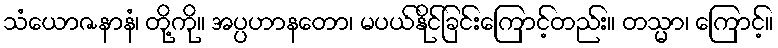
သံယောဇနာနံ၊ တို့ကို။ အပ္ပဟာနတော၊ မပယ်နိုင်ခြင်းကြောင့်တည်း။ တသ္မာ၊ ကြောင့်။